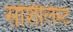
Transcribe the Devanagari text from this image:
सोशॅलिस्ट